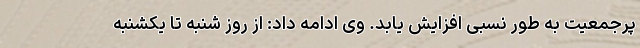
پرجمعیت به طور نسبی افزایش یابد. وی ادامه داد: از روز شنبه تا یکشنبه